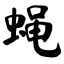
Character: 蝇